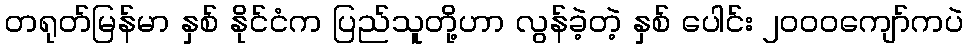
တရုတ်မြန်မာ နှစ် နိုင်ငံက ပြည်သူတို့ဟာ လွန်ခဲ့တဲ့ နှစ် ပေါင်း ၂၀၀၀ကျော်ကပဲ